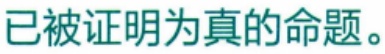
已被证明为真的命题。